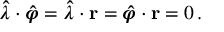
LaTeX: { \boldsymbol { \hat { \lambda } } } \cdot { \boldsymbol { \hat { \varphi } } } = { \boldsymbol { \hat { \lambda } } } \cdot \mathbf { r } = { \boldsymbol { \hat { \varphi } } } \cdot \mathbf { r } = 0 \, .